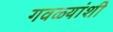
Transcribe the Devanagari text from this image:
गवळ्यांशी